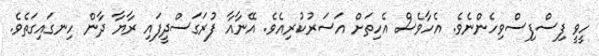
ހީވީ ފިސްފިސްވިހެންނެވެ. އެހާވެސް އެހިތަށް އަސަރުކުރިއެވެ. އޭނާއާ ފުރަގަސްދީފައި ރާޔާ ދާން ހިނގައިގަތެވެ.